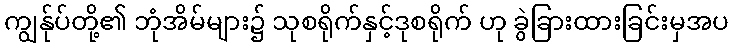
ကျွန်ုပ်တို့၏ ဘုံအိမ်များ၌ သုစရိုက်နှင့်ဒုစရိုက် ဟု ခွဲခြားထားခြင်းမှအပ